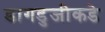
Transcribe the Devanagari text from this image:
डागडुजीकडे